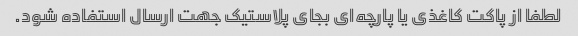
لطفا از پاکت کاغذی یا پارچه‌ای بجای پلاستیک جهت ارسال استفاده شود.